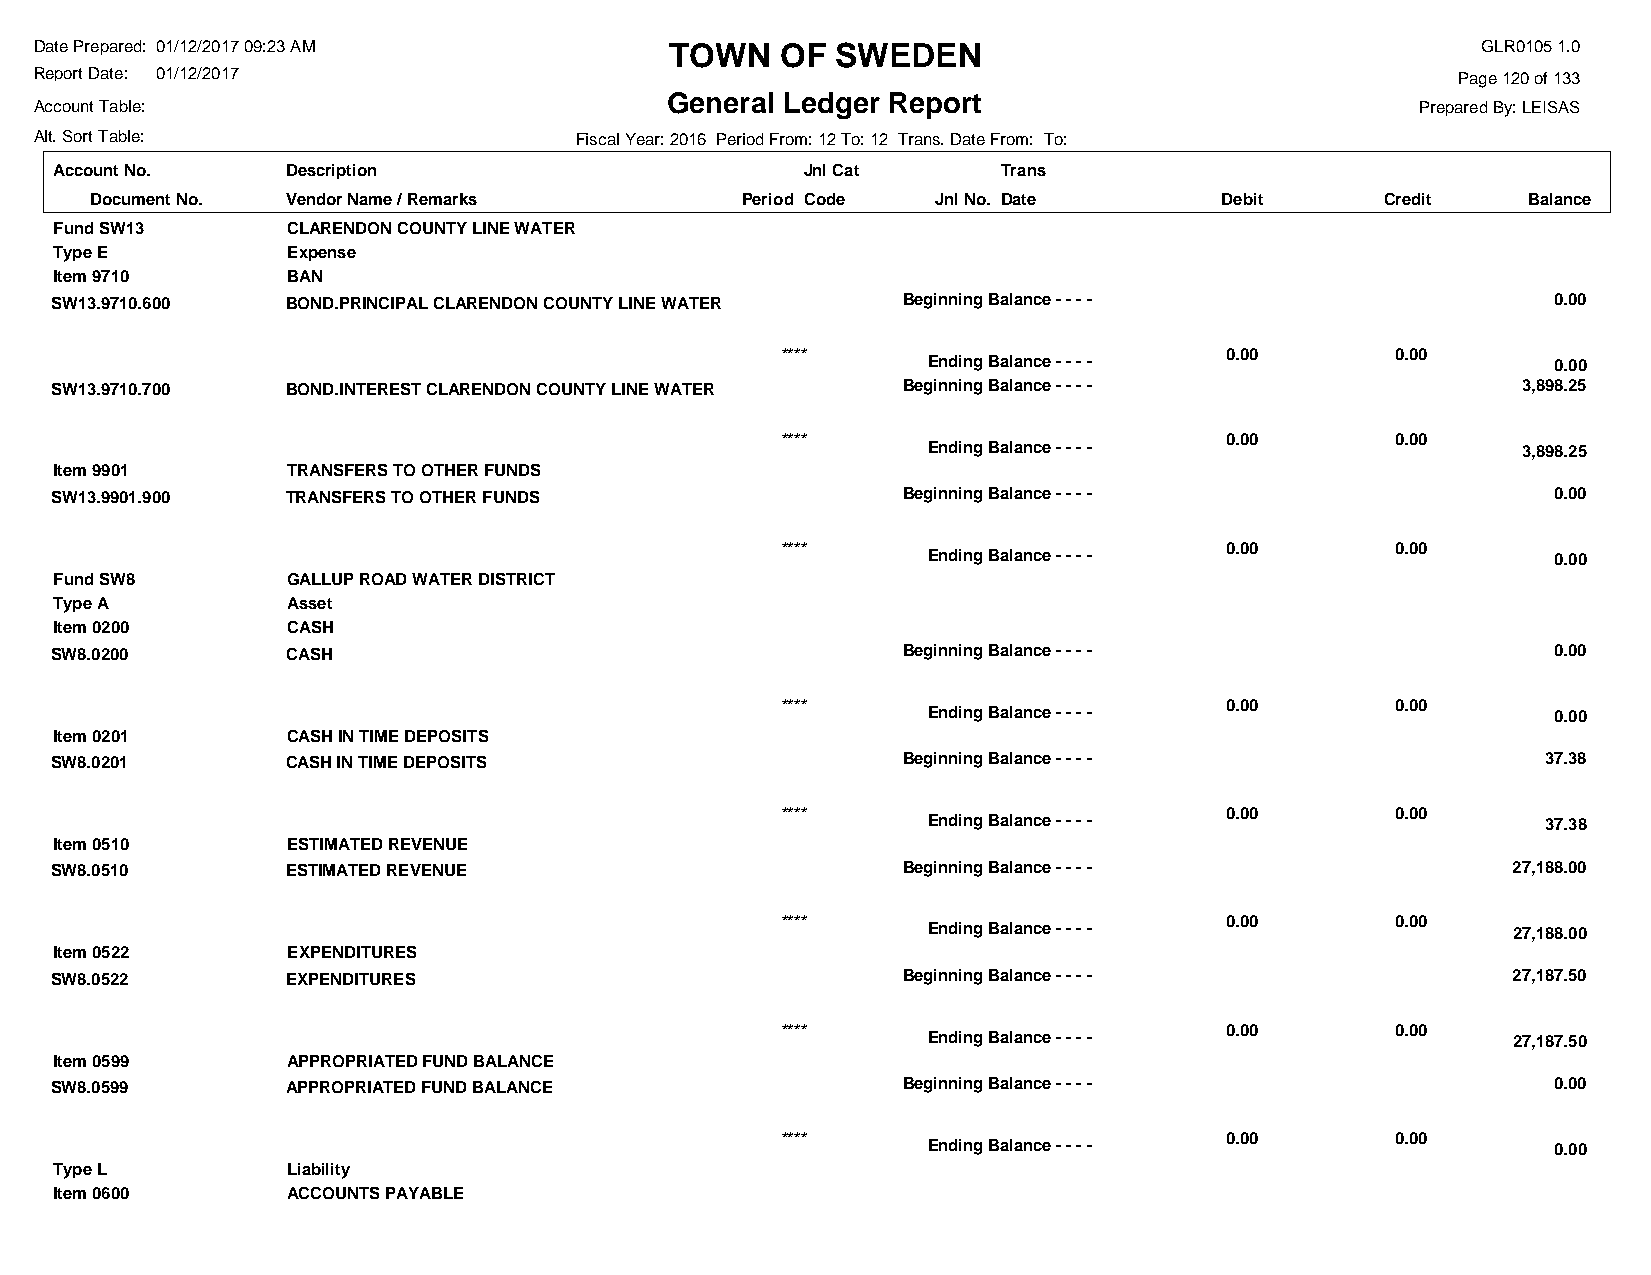
Date Prepared: 01/12/2017 09:23 AM        TOWN    OF SWEDEN                                     GLR0105 1.0
 Report Date: 01/12/2017                                                                       Page 120 of 133
 General Ledger Report
 Account Table:                                                                              Prepared By: LEISAS
 Alt. Sort Table:                    Fiscal Year: 2016 Period From: 12 To: 12 Trans. Date From: To:
 Account No.    Description                       Jnl Cat      Trans
 Document No. Vendor Name / Remarks         Period Code  Jnl No. Date       Debit      Credit   Balance
 Fund SW13      CLARENDON COUNTY LINE WATER
 Type E         Expense
 Item 9710      BAN
 SW13.9710.600   BOND.PRINCIPAL CLARENDON COUNTY LINE WATER Beginning Balance - - - -                0.00
 ****                         0.00       0.00
 Ending Balance - - - -                    0.00
 SW13.9710.700   BOND.INTEREST CLARENDON COUNTY LINE WATER Beginning Balance - - - -               3,898.25
 ****                         0.00       0.00
 Ending Balance - - - -                  3,898.25
 Item 9901      TRANSFERS TO OTHER FUNDS
 SW13.9901.900   TRANSFERS TO OTHER FUNDS                 Beginning Balance - - - -                  0.00
 ****                         0.00       0.00
 Ending Balance - - - -                    0.00
 Fund SW8       GALLUP ROAD WATER DISTRICT
 Type A         Asset
 Item 0200      CASH
 SW8.0200        CASH                                     Beginning Balance - - - -                  0.00
 ****                         0.00       0.00
 Ending Balance - - - -                    0.00
 Item 0201      CASH IN TIME DEPOSITS
 SW8.0201        CASH IN TIME DEPOSITS                    Beginning Balance - - - -                 37.38
 ****                         0.00       0.00
 Ending Balance - - - -                   37.38
 Item 0510      ESTIMATED REVENUE
 SW8.0510        ESTIMATED REVENUE                        Beginning Balance - - - -               27,188.00
 ****                         0.00       0.00
 Ending Balance - - - -                 27,188.00
 Item 0522      EXPENDITURES
 SW8.0522        EXPENDITURES                             Beginning Balance - - - -               27,187.50
 ****                         0.00       0.00
 Ending Balance - - - -                 27,187.50
 Item 0599      APPROPRIATED FUND BALANCE
 SW8.0599        APPROPRIATED FUND BALANCE                Beginning Balance - - - -                  0.00
 ****                         0.00       0.00
 Ending Balance - - - -                    0.00
 Type L         Liability
 Item 0600      ACCOUNTS PAYABLE